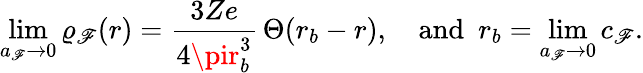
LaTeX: \operatorname*{lim}_{a_{\mathscr{F}}\to0}\varrho_{\mathscr{F}}(r)=\frac{{3Ze}}{{4\pir_{b}^{3}}}\, \Theta(r_{b}-r),\quad\mathrm{{and\, \, \, }}r_{b}=\operatorname*{lim}_{a_{\mathscr{F}}\to0}c_{\mathscr{F}}.